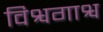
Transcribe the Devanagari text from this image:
विश्वगाश्व